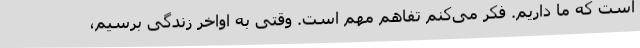
است که ما داریم. فکر می‌کنم تفاهم مهم است. وقتی به اواخر زندگی برسیم،